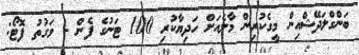
ބަންގްލަދޭޝްއިން މީގެކުރިން މާލެއަށް ހަދިޔާކުރި 100 ޓަނުގެ ފެން - ވަގުތު ފޮޓޯ: